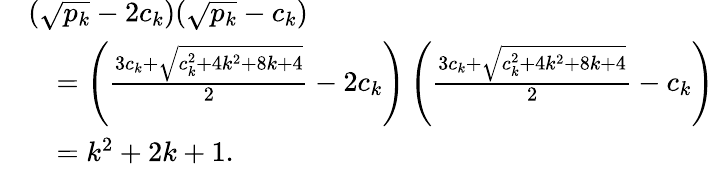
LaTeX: \begin{array}{rl}&{(\sqrt{p_{k}}-2c_{k})(\sqrt{p_{k}}-c_{k})}\\ &{\quad=\left(\frac{3c_{k}+\sqrt{c_{k}^{2}+4k^{2}+8k+4}}{2}-2c_{k}\right)\left(\frac{3c_{k}+\sqrt{c_{k}^{2}+4k^{2}+8k+4}}{2}-c_{k}\right)}\\ &{\quad=k^{2}+2k+1.}\end{array}